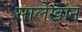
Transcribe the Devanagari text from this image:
सालेखान